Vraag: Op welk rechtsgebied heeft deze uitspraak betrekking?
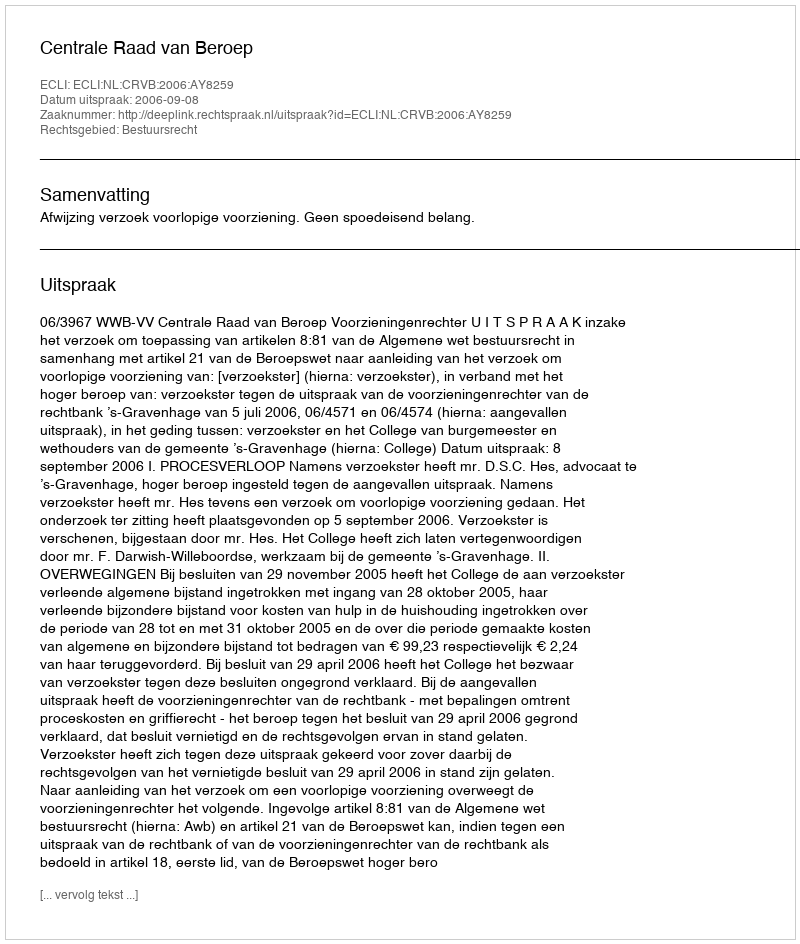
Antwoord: Bestuursrecht